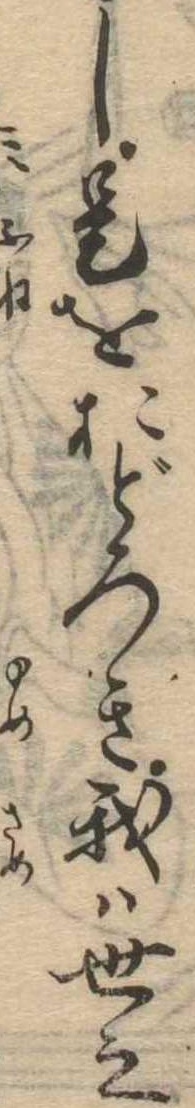
し是をおどろき我は世之